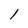
Character: l